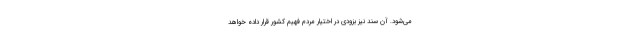
می‌شود. آن سند نیز بزودی در اختیار مردم فهیم کشور قرار داده خواهد